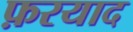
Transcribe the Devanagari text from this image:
फ़रयाद